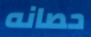
حصانه